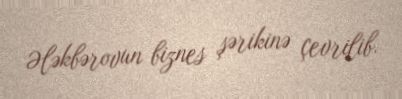
Ələkbərovun biznes şərikinə çevrilib.